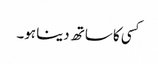
کسی کا ساتھ دینا ہو۔